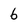
Character: 6